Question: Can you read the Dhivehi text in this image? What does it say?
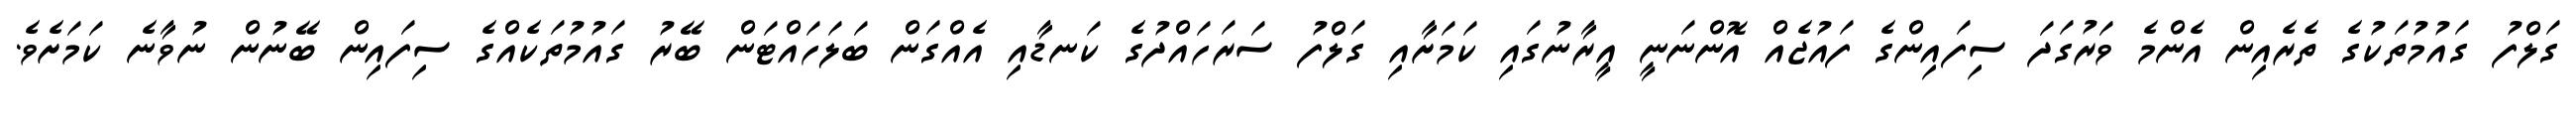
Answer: ގަލްފު ގައުމުތަކުގެ ތެރެއިން އެންމެ ވަރުގަދަ ސިފައިންގެ ފައުޖެއް އޮންނަނީ އީރާނުގައި ކަމަށާއި ގަލްފު ސަރަހައްދުގެ ކަނޑާއި އެއްގަން ބަލަހައްޓަން ބޭރު ގައުމުތަކެއްގެ ސިފައިން ބޭނުން ނުވާނެ ކަމަށެވެ.